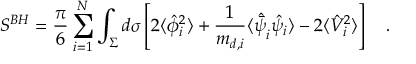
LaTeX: S ^ { B H } = { \frac { \pi } { 6 } } \sum _ { i = 1 } ^ { N } \int _ { \Sigma } d \sigma \left[ 2 \langle \hat { \phi } _ { i } ^ { 2 } \rangle + { \frac { 1 } { m _ { d , i } } } \langle \hat { \bar { \psi } } _ { i } \hat { \psi } _ { i } \rangle - 2 \langle \hat { V } _ { i } ^ { 2 } \rangle \right] ~ ~ ~ .